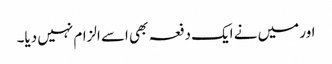
اور میں نے ایک دفعہ بھی اسے الزام نہیں دیا۔